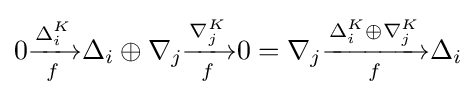
0{\xrightarrow[{f}]{\Delta _{i}^{K}}}\Delta _{i}\oplus \nabla _{j}{\xrightarrow[{f}]{\nabla _{j}^{K}}}0=\nabla _{j}{\xrightarrow[{f}]{\Delta _{i}^{K}\oplus \nabla _{j}^{K}}}\Delta _{i}